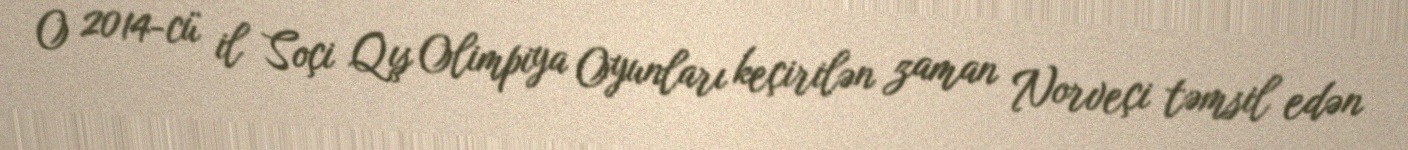
O 2014-cü il Soçi Qış Olimpiya Oyunları keçirilən zaman Norveçi təmsil edən